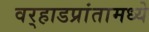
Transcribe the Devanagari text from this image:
वर्‍हाडप्रांतामध्ये